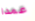
عمدا